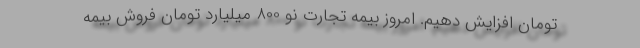
تومان افزایش دهیم. امروز بیمه تجارت نو 800 میلیارد تومان فروش بیمه